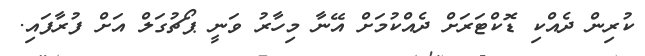
ކުރިން ދެއްކި ޑޮކްޓަރަށް ދެއްކުމަށް އޭނާ މިހާރު ވަނީ ޕޯޗުގަލް އަށް ފުރާފައި.